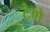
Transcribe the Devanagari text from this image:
टेणे